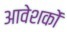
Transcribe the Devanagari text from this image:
आवेशकों